Report on malaria in the Punjab during the year ...  together with an account of the work of the Punjab Malaria Bureau - Volume 5
Disease focus: Malaria
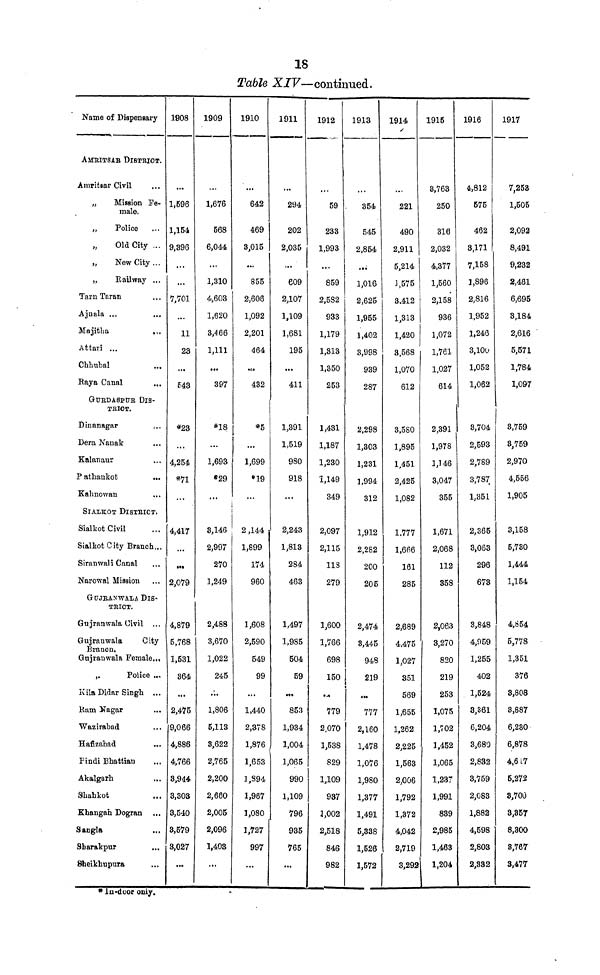
18
Table XIV—continued.
Name of Dispensary
AMRITSAB DISTRICT.
Amritsar Civil
„
Mission Fe-
male.
„
Police
Old City ...
„
New City ...
„
Railway ...
Tarn Taran
Ajnala ...
Majitha
...
Attari ...
Chhubal
Raya Canal
GURDASPUR DIS-
TRIOT.
Dinanagar
...
Dera Nanak
Kalanaur
P athankot
...
Kahnowan
SIALKOT DlSTRICT.
Sialkot Civil
Sialkot City Branch...
Siranwali Canal
Narowal Mission
GUJRANWALA DIS-
TRIOT.
Gujranwala Civil ...
Gujranwala
City
Branch,
Gujranwala Female...
,.
Police ...
Kila Didar Singh ...
Ram Nagar
Wazirabad
Hafizabad
Pindi Bhattian
Akalgarh
Shahkot
Khangah Dogran
Sangla
Sharakpur
Sheikhupura
1908
...
1,596
1,154
9,396
...
7,701
...
11
23
...
543
*23
...
4,254
*71
...
4,417
...
2,079
4,879
5,768
1,531
364
...
2,475
9,066
4,886
4,766
3,944
3,303
3,540
3,579
3,027
...
1909
...
1,676
568
6,044
...
1,310
4,603
1,620
3,466
1,111
...
397
*18
...
1,693
«29
...
3,146
2,997
270
1,249
2,488
3,670
1,022
245
...
1,806
5,113
3,622
2,765
2,200
2,660
2,005
2,096
1,403
...
1910
...
642
469
3,015
...
855
2,606
1,092
2,201
464
...
432
*5
1,699
•19
2,144
1,899
174
960
1,608
2,590
549
99
1,440
2,378
1,876
1,653
1,894
1,967
1,080
1,727
997
...
1911
...
294
202
2,035
,..
eo9
2,107
1,109
1,681
195
...
411
1,391
1,519
980
918
...
2,243
1,813
284
463
1,497
1,985
504
59
...
853
1,934
1,004
1,065
990
1,109
796
935
765
...
1912
59
233
1,993
...
859
2,582
933
1,179
1,313
1,350
253
1,431
1,187
1,230
1,149
349
2,097
2,115
113
279
1,600
1,766
698
150
...
779
2,070
1,538
829
1,109
937
3,002
2,518
846
982
1913
354
545
2,854
...
1,016
2,625
1,955
1,402
3,998
939
287
2,298
1,303
1,231
1,994
312
1,912
2,282
200
205
2,474
3,445
948
219
...
777
2,160
1,478
1,076
1,980
1,377
1,491
5,338
1,526
1,572
1914
221
490
2,911
5,214
1,575
3.412
1,313
1,420
3,568
1,070
612
3,580
1,895
1,451
2,425
1,082
1,777
1,666
161
285
2,689
4,475
1,027
351
569
1,655
1,262
2,225
1,563
2,006
1,792
1,372
4,042
2,719
3,292
1915
3,763
250
316
2,032
4,377
1,560
2,158
936
1,072
1,761
1,027
614
2,391
1,978
1,146
3,047
355
1,671
2,068
112
358
2,063
3,270
820
219
253
1,075
1,702
1,452
1,065
1,237
1,991
839
2,985
1,463
1,204
1916
4,812
575
462
3,171
7,158
1,896
2,816
1,952
1,246
3,100
1,052
1,062
3,704
2,593
2,789
3,787
1,351
2,365
3,063
296
673
3,848
4,959
1,255
402
1,524
3,361
6,204
3,680
2,832
3,759
2,083
1,882
4,598
2,803
2,332
1917
7,253
1,505
2,092
8,491
9,232
2,461
6,695
3,184
2,616
5,571
1,784
1,097
3,759
3,759
2,970
4,556
1,905
3,158
5,730
1,444
1,154
4,854
5,778
1,351
376
3,808
3,887
6,230
6,878
4,617
6,272
3,700
3,357
8,300
8,767
3,477
* In-door oniy.